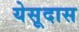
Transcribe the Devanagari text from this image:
येसूदास